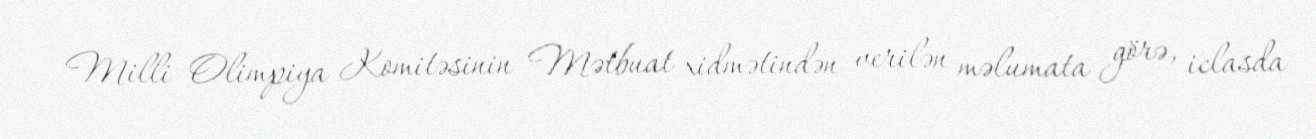
Milli Olimpiya Komitəsinin Mətbuat xidmətindən verilən məlumata görə, iclasda